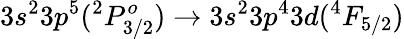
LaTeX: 3s^{2}3p^{5}(^{2}P_{3/2}^{o})\rightarrow 3s^{2}3p^{4}3d(^{4}F_{5/2})